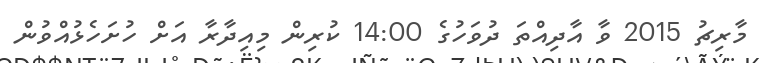
މާރިޗު 2015 ވާ އާދިއްތަ ދުވަހުގެ 14:00 ކުރިން މިއިދާރާ އަށް ހުށަހެޅުއްވުން